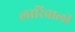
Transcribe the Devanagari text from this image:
लारिवाली